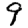
Digit: 9